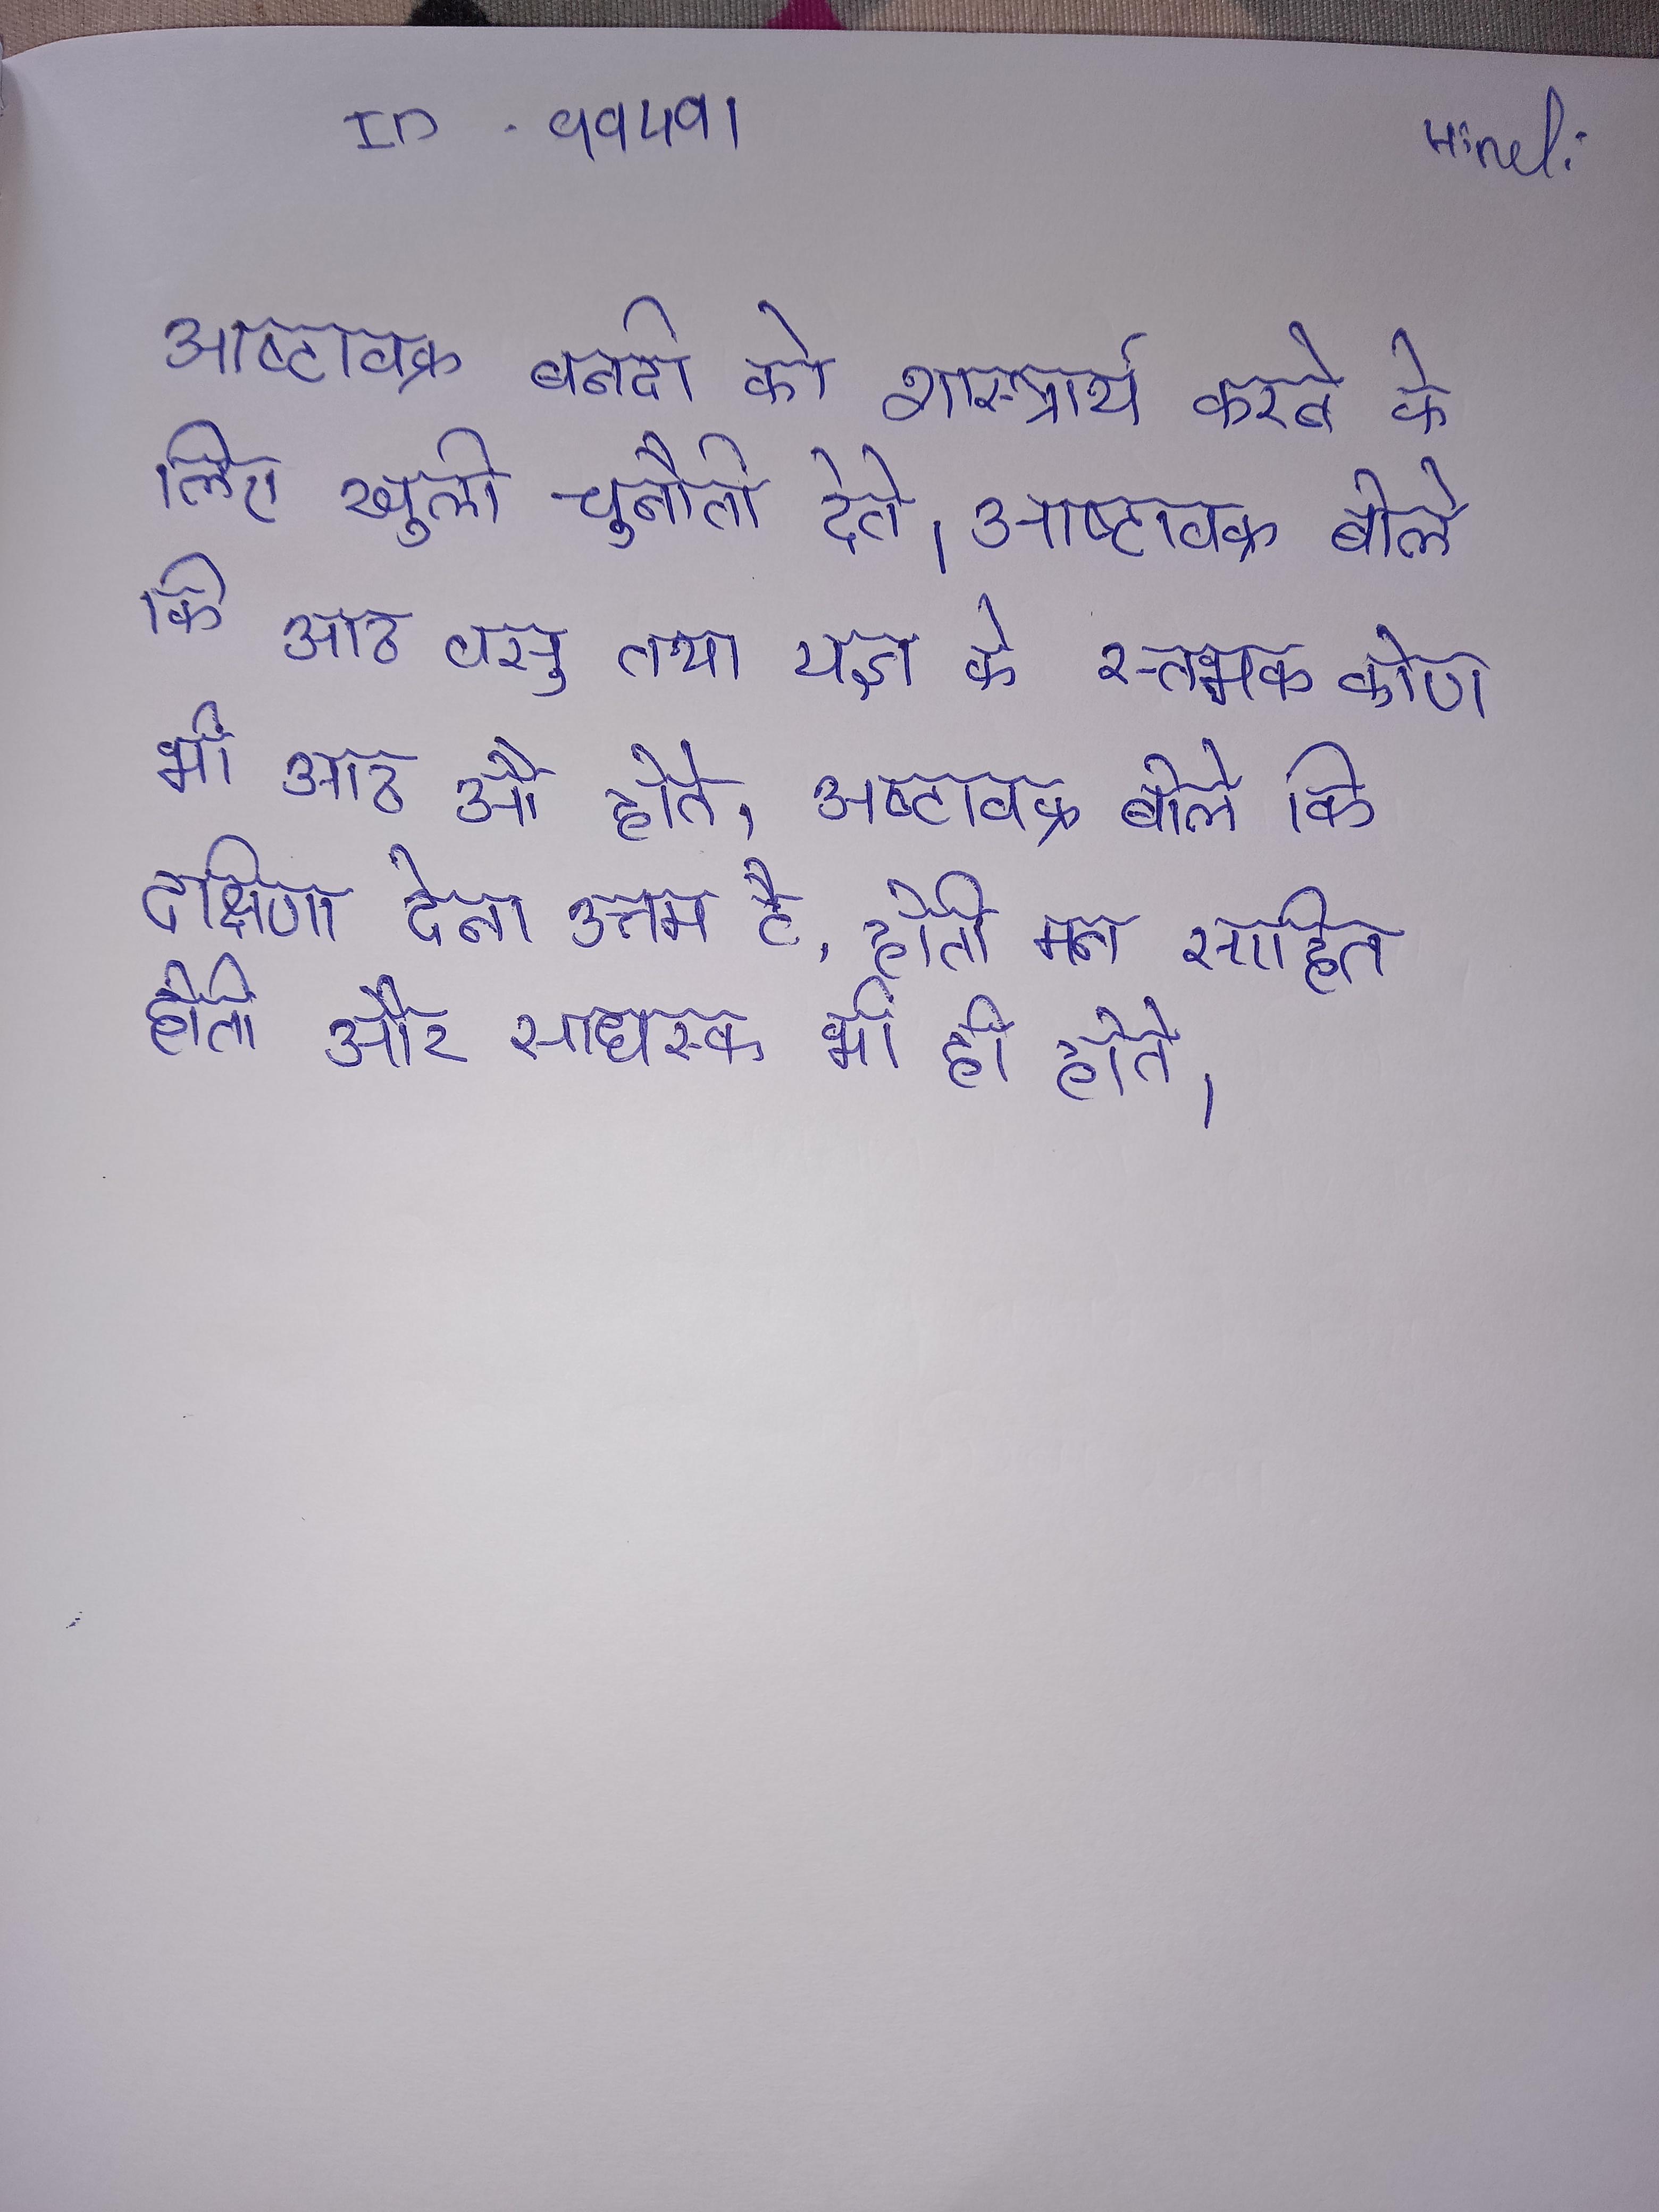
अष्टावक्र बन्दी को शास्त्रार्थ करने के लिए खुली चुनौती देते । अष्टावक्र बोले कि आठ वसु तथा यज्ञ के स्तम्भक कोण भी आठ होते । अष्टावक्र बोले कि दक्षिणा देना उत्तम है, होती मन सहित होती और साधस्क भी ही होते ।